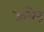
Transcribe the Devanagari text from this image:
ऊबेर्